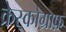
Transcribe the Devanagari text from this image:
क्रेस्कोग्राफ़